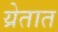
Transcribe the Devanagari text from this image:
य्रेतात